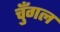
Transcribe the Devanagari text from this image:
चुँगल